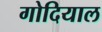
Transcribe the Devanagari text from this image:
गोदियाल